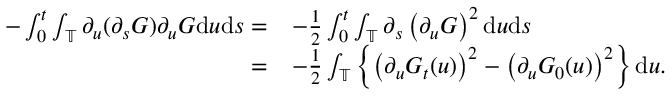
\begin{array} { r l } { - \int _ { 0 } ^ { t } \int _ { \mathbb { T } } \partial _ { u } ( \partial _ { s } G ) \partial _ { u } G \mathrm { d } u \mathrm { d } s = } & { - \frac 1 2 \int _ { 0 } ^ { t } \int _ { \mathbb { T } } \partial _ { s } \left( \partial _ { u } G \right) ^ { 2 } \mathrm { d } u \mathrm { d } s } \\ { = } & { - \frac 1 2 \int _ { \mathbb { T } } \left\{ \left( \partial _ { u } G _ { t } ( u ) \right) ^ { 2 } - \left( \partial _ { u } G _ { 0 } ( u ) \right) ^ { 2 } \right\} \mathrm { d } u . } \end{array}